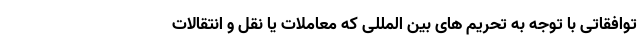
توافقاتی با توجه به تحریم های بین المللی که معاملات یا نقل و انتقالات